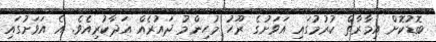
ބޮޑުކޮށް އިމާރާތް ކުރުމުގައި އަވަށުގެ ރޫޙު މުހިންމު ދައުރެއް އަދާކުރިއެވެ. އެ އަވަށުގައި